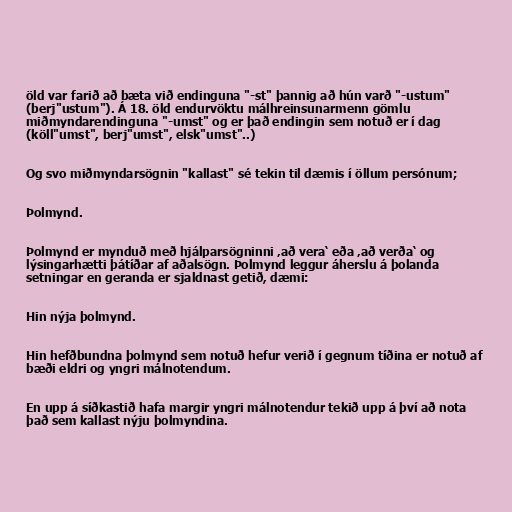
öld var farið að bæta við endinguna "-st" þannig að hún varð "-ustum"
(berj"ustum"). Á 18. öld endurvöktu málhreinsunarmenn gömlu
miðmyndarendinguna "-umst" og er það endingin sem notuð er í dag
(köll"umst", berj"umst", elsk"umst"..)

Og svo miðmyndarsögnin "kallast" sé tekin til dæmis í öllum persónum;

Þolmynd.

Þolmynd er mynduð með hjálparsögninni ‚að vera‘ eða ‚að verða‘ og
lýsingarhætti þátíðar af aðalsögn. Þolmynd leggur áherslu á þolanda
setningar en geranda er sjaldnast getið, dæmi:

Hin nýja þolmynd.

Hin hefðbundna þolmynd sem notuð hefur verið í gegnum tíðina er notuð af
bæði eldri og yngri málnotendum.

En upp á síðkastið hafa margir yngri málnotendur tekið upp á því að nota
það sem kallast nýju þolmyndina.